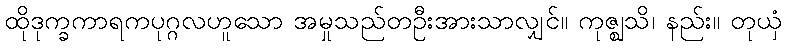
ထိုဒုက္ခကာရကပုဂ္ဂလဟူသော အမှုသည်တဦးအားသာလျှင်။ ကုဇ္ဈသိ၊ နည်း။ တုယှံ